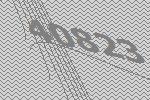
40823